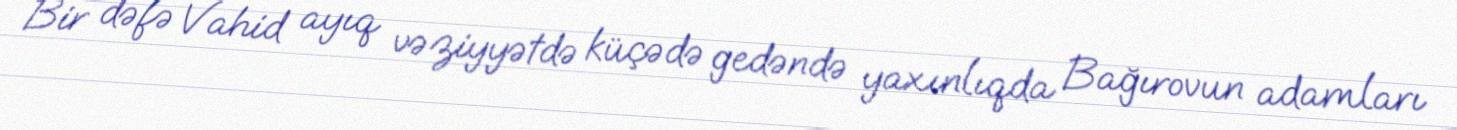
Bir dəfə Vahid ayıq vəziyyətdə küçədə gedəndə yaxınlıqda Bağırovun adamları